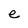
Character: e